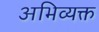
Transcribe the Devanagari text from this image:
अभिव्‍यक्त